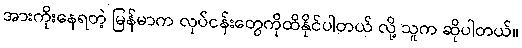
အားကိုးနေရတဲ့ မြန်မာက လုပ်ငန်းတွေကိုထိနိုင်ပါတယ် လို့ သူက ဆိုပါတယ်။